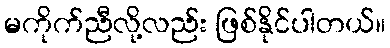
မကိုက်ညီလို့လည်း ဖြစ်နိုင်ပါတယ်။